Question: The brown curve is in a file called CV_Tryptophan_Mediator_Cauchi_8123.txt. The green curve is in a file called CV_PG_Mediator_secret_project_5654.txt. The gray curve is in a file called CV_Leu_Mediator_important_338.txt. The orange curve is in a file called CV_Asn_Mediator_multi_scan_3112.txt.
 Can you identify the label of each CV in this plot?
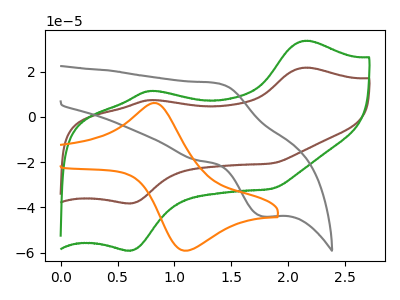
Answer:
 <answer>The brown curve is labeled "Mediator + Tryptophan". The green curve is labeled "Mediator + PG". The gray curve is labeled "Mediator + Leu". The orange curve is labeled "Mediator + Asn".</answer>
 <eval></eval>